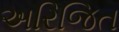
અરિજિત